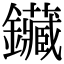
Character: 鑶